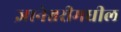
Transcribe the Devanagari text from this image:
ज्ञानेश्वरीमधील